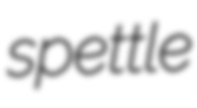
spettle